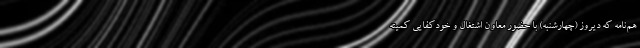
هم‌نامه که دیروز (چهارشنبه) با حضور معاون اشتغال و خودکفایی کمیته